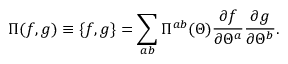
\Pi ( f , g ) \equiv \{ f , g \} = \sum _ { a b } \Pi ^ { a b } ( \Theta ) \frac { \partial f } { \partial \Theta ^ { a } } \frac { \partial g } { \partial \Theta ^ { b } } .